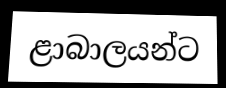
ළාබාලයන්ට